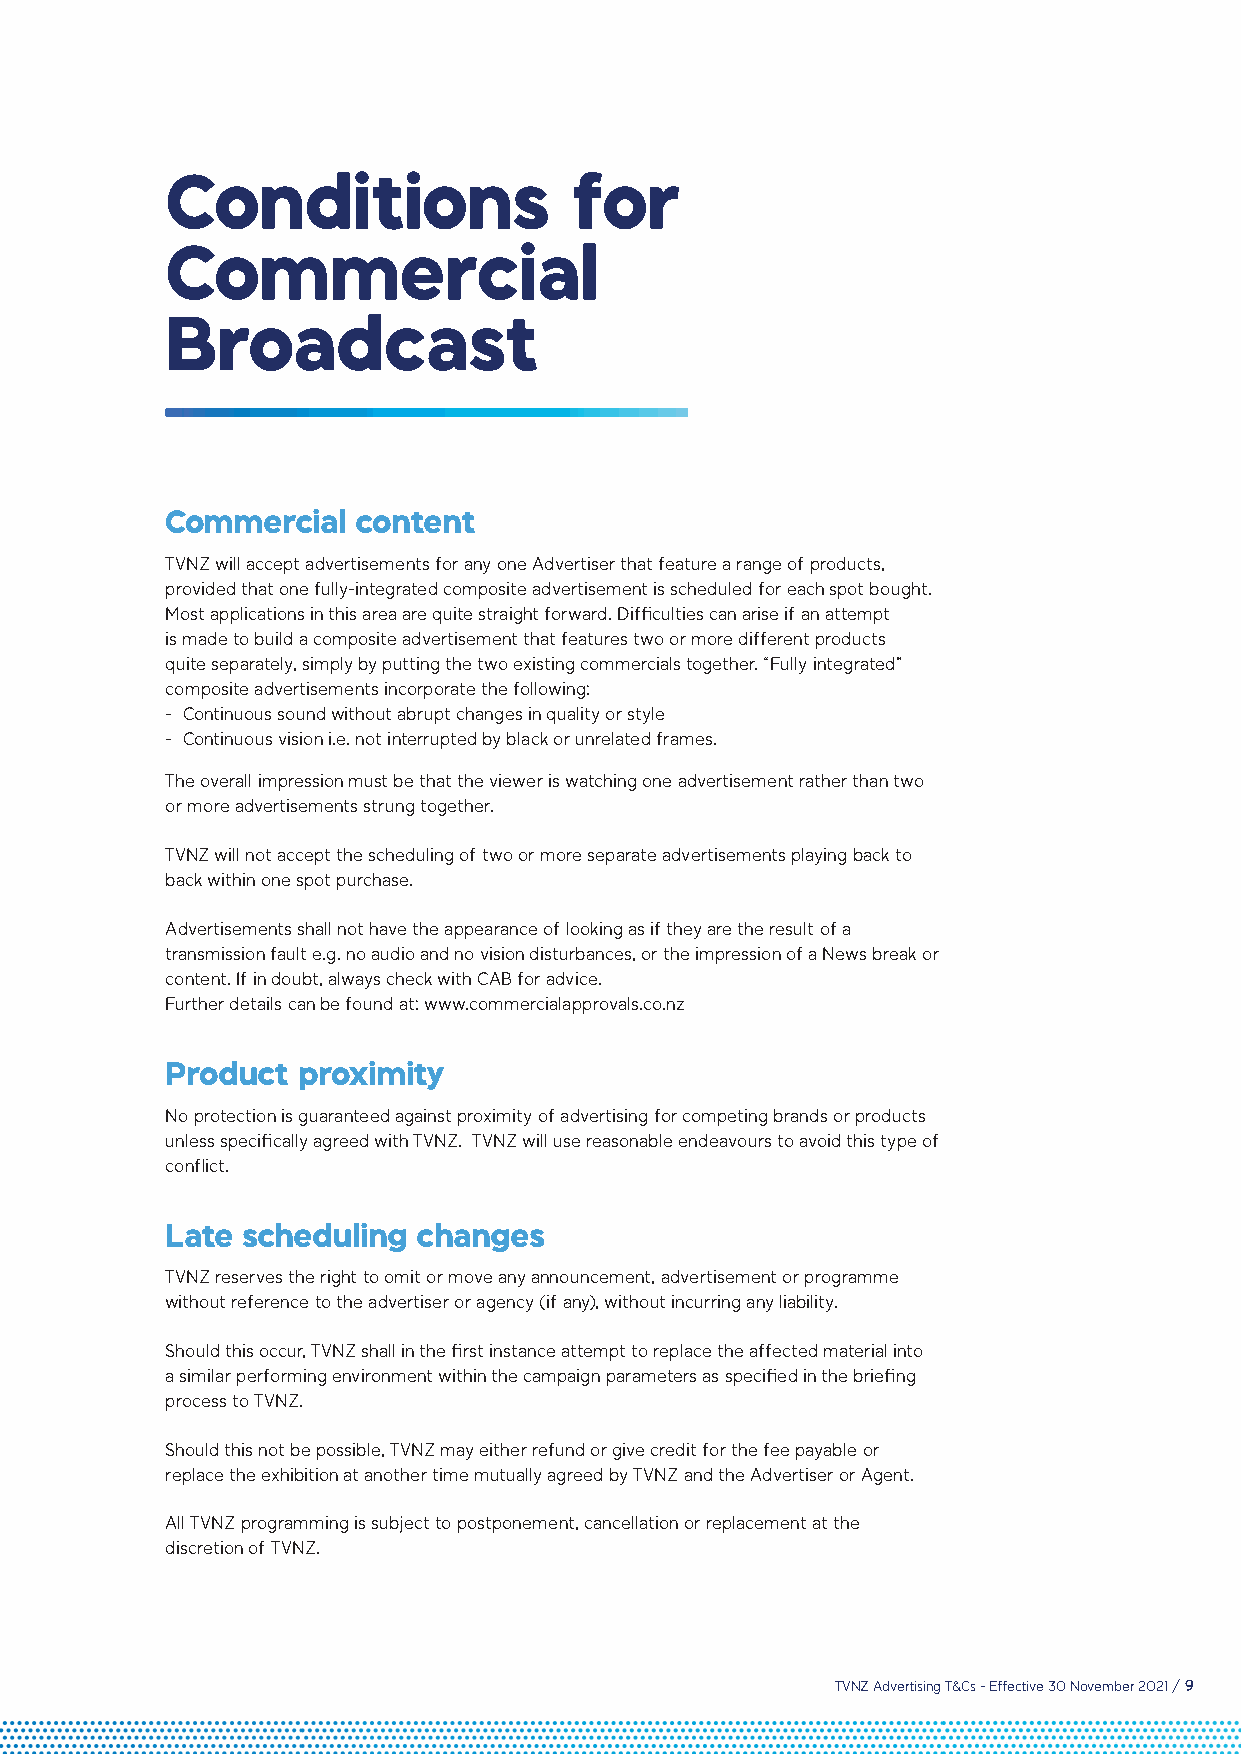
Conditions                 for
 Commercial
 Broadcast
 Commercial   content
 TVNZ will accept advertisements for any one Advertiser that feature a range of products,
 provided that one fully-integrated composite advertisement is scheduled for each spot bought.
 Most applications in this area are quite straight forward. Difficulties can arise if an attempt
 is made to build a composite advertisement that features two or more different products
 quite separately, simply by putting the two existing commercials together. “Fully integrated”
 composite advertisements incorporate the following:
 - Continuous sound without abrupt changes in quality or style
 - Continuous vision i.e. not interrupted by black or unrelated frames.
 The overall impression must be that the viewer is watching one advertisement rather than two
 or more advertisements strung together.
 TVNZ will not accept the scheduling of two or more separate advertisements playing back to
 back within one spot purchase.
 Advertisements shall not have the appearance of looking as if they are the result of a
 transmission fault e.g. no audio and no vision disturbances, or the impression of a News break or
 content. If in doubt, always check with CAB for advice.
 Further details can be found at: www.commercialapprovals.co.nz
 Product  proximity
 No protection is guaranteed against proximity of advertising for competing brands or products
 unless specifically agreed with TVNZ. TVNZ will use reasonable endeavours to avoid this type of
 conflict.
 Late scheduling  changes
 TVNZ reserves the right to omit or move any announcement, advertisement or programme
 without reference to the advertiser or agency (if any), without incurring any liability.
 Should this occur, TVNZ shall in the first instance attempt to replace the affected material into
 a similar performing environment within the campaign parameters as specified in the briefing
 process to TVNZ.
 Should this not be possible, TVNZ may either refund or give credit for the fee payable or
 replace the exhibition at another time mutually agreed by TVNZ and the Advertiser or Agent.
 All TVNZ programming is subject to postponement, cancellation or replacement at the
 discretion of TVNZ.
 TVNZ Advertising T&Cs - Effective 30 November 2021 / 9